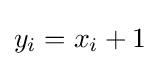
y_{i}=x_{i}+1